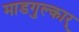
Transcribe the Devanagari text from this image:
माडगुल्कार्